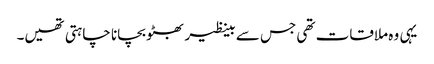
یہی وہ ملاقات تھی جس سے بینظیر بھٹو بچانا چاہتی تھیں۔